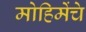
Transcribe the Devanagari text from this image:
मोहिमेंचे